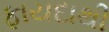
ફાયદાથી